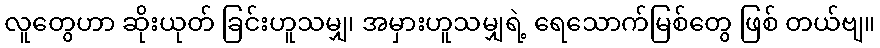
လူတွေဟာ ဆိုးယုတ် ခြင်းဟူသမျှ၊ အမှားဟူသမျှရဲ့ ရေသောက်မြစ်တွေ ဖြစ် တယ်ဗျ။